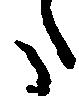
た